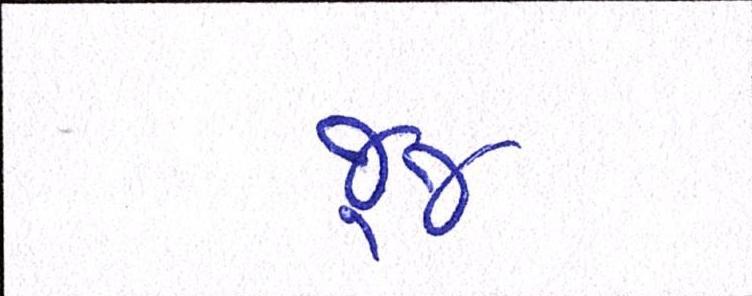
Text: જૂજ